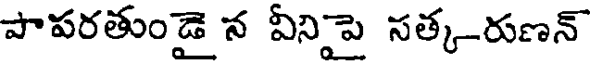
పాపరతుండై న వీనిైపై సత్క-రుణన్